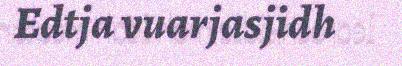
Edtja vuarjasjidh